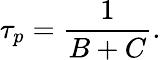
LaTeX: \tau_{p}=\frac{1}{B+C}.